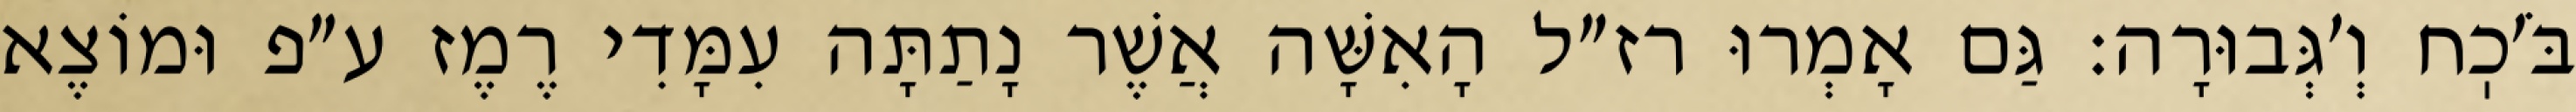
בֹּ׳כֽח וְ׳גְּבוּרָה: גַּם אָמְרוּ רז״ל הָאִשָּׁה אֲשֶׁר נָתַתָּה עִמָּדִי רֶמֶז ע״פ וּמוֹצֶא